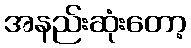
အနည်းဆုံးတော့